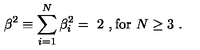
\beta ^ { 2 } \equiv \sum _ { i = 1 } ^ { N } { \beta } _ { i } ^ { 2 } = \ 2 \ , \mathrm { f o r } \ N \ge 3 \ .